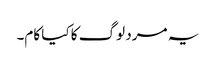
یہ مرد لوگ کا کیا کام۔